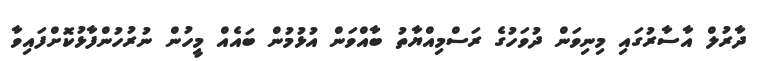
ދާރުލް އާސާރުގައި މިނިވަން ދުވަހުގެ ރަސްމިއްޔާތު ބާއްވަން އުޅުމުން ބައެއް މީހުން ނުރުހުންފާޅުކޮށްފައިވާ